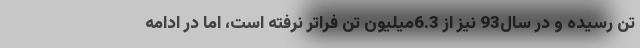
تن رسیده و در سال93 نیز از 6.3میلیون تن فراتر نرفته است، اما در ادامه